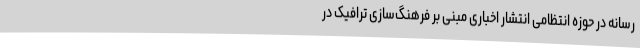
رسانه در حوزه انتظامی انتشار اخباری مبنی بر فرهنگ‌سازی ترافیک در